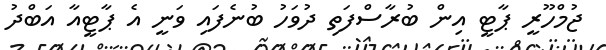
ޖުމްހޫރީ ޕާޓީ އިން ބުރާސްފަތި ދުވަހު ބުނެފައި ވަނީ އެ ޕާޓީއާ އަބްދު